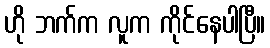
ဟို ဘက်က လူက ကိုင်နေပါပြီ။